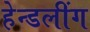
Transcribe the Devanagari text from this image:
हेन्डलींग